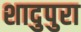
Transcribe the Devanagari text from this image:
शादुपुरा